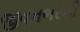
જીવનભરની